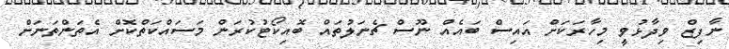
ނާފިޒް ވިދާޅުވީ މިހާރަކަށް އައިސް ބައެއް ނޫސް ޗެނަލުތައް ބޮއިކޯޓުކުރަން މަސައްކަތްކޮށް އެތަންތަނަށް